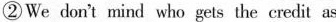
②We don't mind who gets the credit as